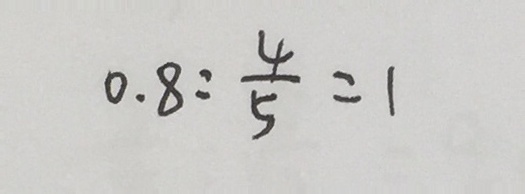
0 . 8 : \frac { 4 } { 5 } = 1